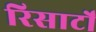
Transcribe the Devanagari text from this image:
रिसार्टों